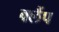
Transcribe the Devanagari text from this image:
क्‍लैंप